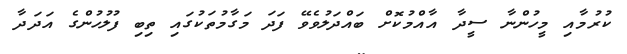
ކުރުމާއި މީހުންނާ ސީދާ އާއްމުކޮށް ބައްދަލުވެވޭ ފަދަ މަގާމުތަކުގައި ތިބި ފުލުހުންގެ އަދަދާ